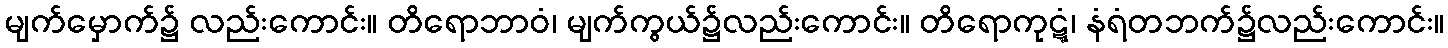
မျက်မှောက်၌ လည်းကောင်း။ တိရောဘာဝံ၊ မျက်ကွယ်၌လည်းကောင်း။ တိရောကုဋ္ဋံ၊ နံရံတဘက်၌လည်းကောင်း။